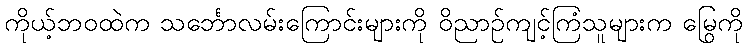
ကိုယ့်ဘဝထဲက သင်္ဘောလမ်းကြောင်းများကို ဝိညာဉ်ကျင့်ကြံသူများက မြွေကို